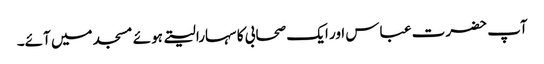
آپ حضرت عباس اور ایک صحابی کا سہارا لیتے ہوئے مسجد میں آئے۔